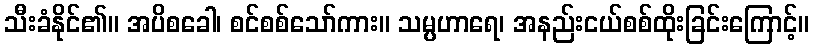
သီးခံနိုင်၏။ အပိစခေါ၊ စင်စစ်သော်ကား။ သမ္ပဟာရေ၊ အနည်းငယ်စစ်ထိုးခြင်းကြောင့်။